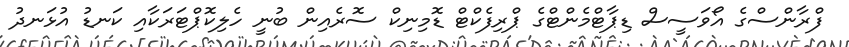
ފްރާންސްގެ އޯވަސީސް ޑިޕާޓްމެންޓްގެ ޕްރިފެކްޓް ޑޮމިނިކް ސޮރެއިން ބުނީ ހެލިކޮޕްޓަރަކާއި ކަނޑު އުޅަނދު